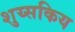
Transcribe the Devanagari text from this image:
शुय्सकिय